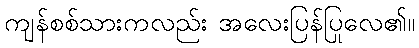
ကျန်စစ်သားကလည်း အလေးပြန်ပြုလေ၏။